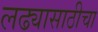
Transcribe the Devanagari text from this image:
लढ्यासाठीचा